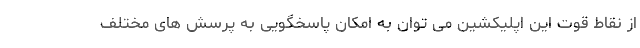
از نقاط قوت این اپلیکشین می توان به امکان پاسخگویی به پرسش های مختلف